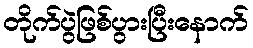
တိုက်ပွဲဖြစ်ပွားပြီးနောက်